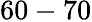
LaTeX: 60-70